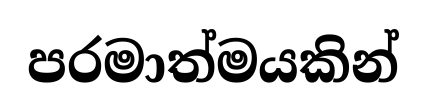
පරමාත්මයකින්